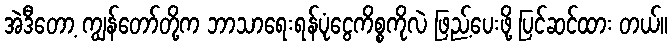
အဲဒီတော့ ကျွန်တော်တို့က ဘာသာရေးရန်ပုံငွေကိစ္စကိုလဲ ဖြည့်ပေးဖို့ ပြင်ဆင်ထား တယ်။